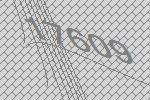
17609